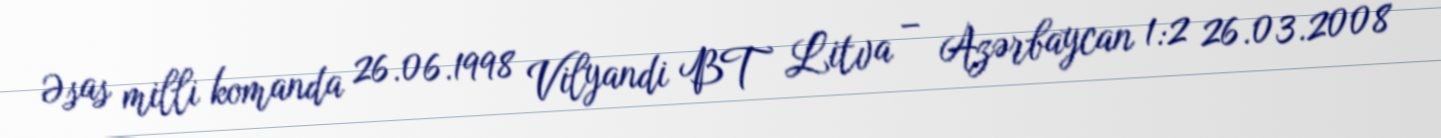
Əsas milli komanda 26.06.1998 Vilyandi BT Litva – Azərbaycan 1:2 26.03.2008